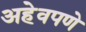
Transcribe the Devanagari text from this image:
अहेवपणे